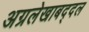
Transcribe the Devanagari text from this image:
अग्रलेखाबद्दल